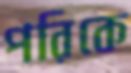
পরিকে